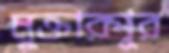
মুক্তারপুর